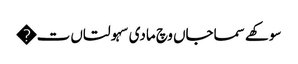
سوکھے سماجاں وچ مادی سہولتاں ت�